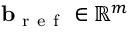
\mathbf { b } _ { \mathrm { ~ r ~ e ~ f ~ } } \in \mathbb { R } ^ { m }